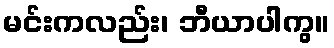
မင်းကလည်း၊ ဘီယာပါကွ။